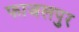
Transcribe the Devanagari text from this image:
फाजलपुर